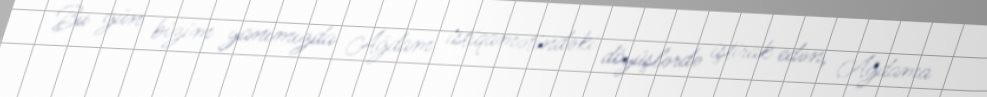
Bu gün bizim yanımızda Ağdam istiqamətindəki döyüşlərdə iştirak edən, Ağdama